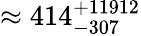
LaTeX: \approx 414_{-307}^{+11912}